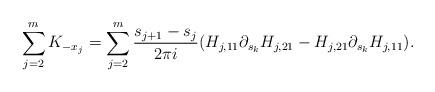
LaTeX: \begin{align*}\sum_{j=2}^{m} K_{-x_{j}} = \sum_{j=2}^m\frac{s_{j+1}-s_j}{2\pi i} (H_{j,11} \partial_{s_{k}}H_{j,21}-H_{j,21}\partial_{s_{k}}H_{j,11}).\end{align*}